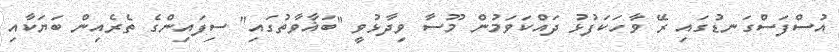
އުސްފަސްގަނޑުގައި ރޭ ވާހަކަފުޅު ދައްކަވަމުން މޫސާ ވިދާޅުވީ "ބަޣާވާތުގައި" ސިފައިންގެ ތެރެއިން ބަޔަކާއި